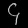
Digit: ၄